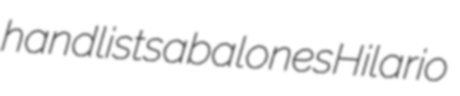
handlists abalones Hilario